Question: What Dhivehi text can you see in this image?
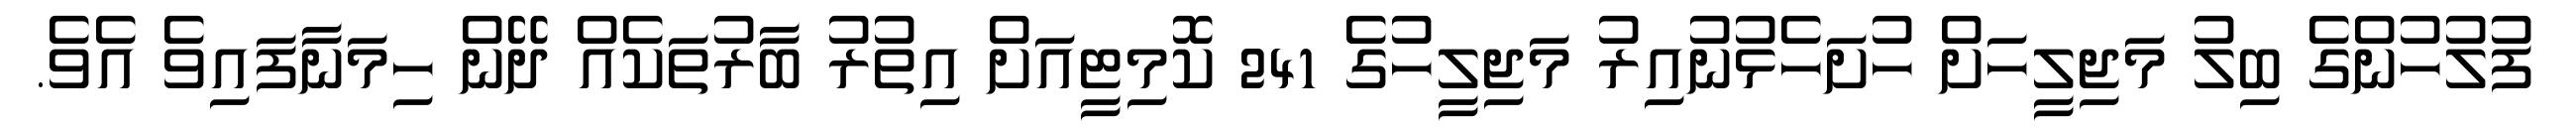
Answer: ފުލުހުންގެ ބިލު މަޖިލީހަށް ހުށަހެޅުނުއިރު މަޖިލީހުގެ 241 ކޮމިޓީއަށް އިތުރު ބާރުތަކެއް ދޭން ހިމަނާފައިވެ އެވެ.